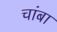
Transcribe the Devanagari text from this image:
चांबा